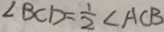
\angle B C D = \frac { 1 } { 2 } \angle A C B